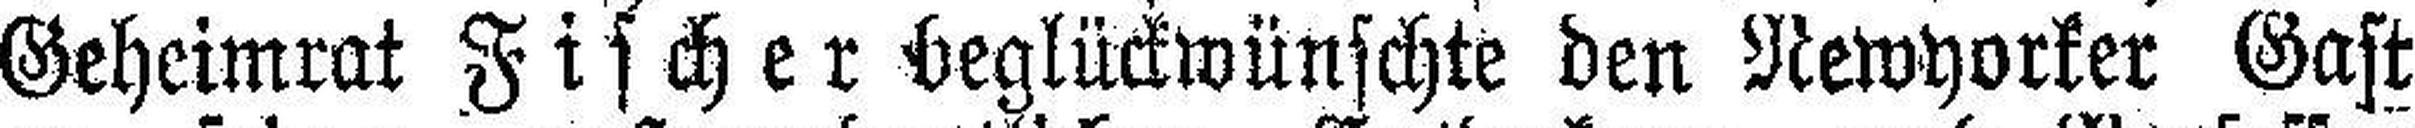
Geheimrat Fischer beglückwünschte den Newyorker Gast